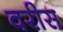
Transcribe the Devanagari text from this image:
वरीस